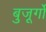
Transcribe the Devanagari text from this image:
बुजूर्गों